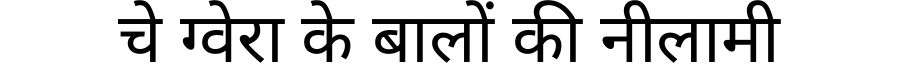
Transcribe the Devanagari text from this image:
चे ग्वेरा के बालों की नीलामी